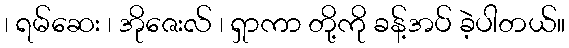
၊ ရမ်ဆေး ၊ အိုဇေးလ် ၊ ရှာကာ တို့ကို ခန့်အပ် ခဲ့ပါတယ်။